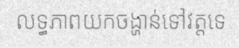
លទ្ធភាពយកចង្ហាន់ទៅវត្តទេ